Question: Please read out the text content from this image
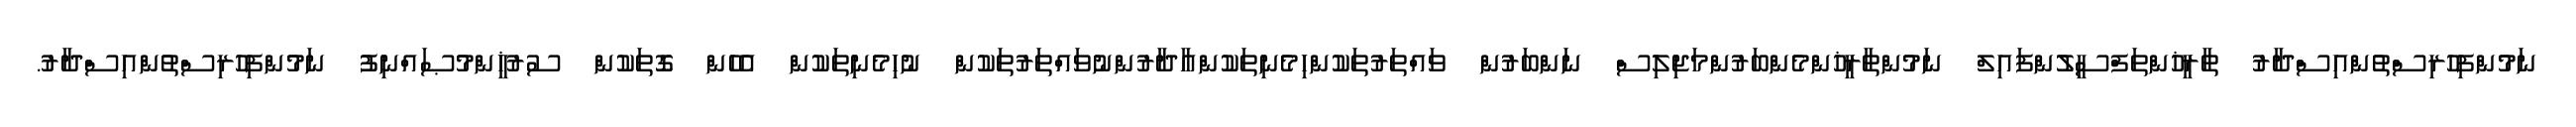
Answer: ނަމުންފިހުރިސްތުންއިސްދާރު ތާރީޚުންތަފްސީލުންފައިލް ނަމުންތާރީޚުންމެންބަރުންމަޖިލިސް ނަންބަރުން ވައްތަރުތަކުންހިމެނިތަކުންއާދާރުންނުވައްތަރުތަކުން ނުހިމެނިތަކުން އެހެން ގޮތަކުން ސުރުޚީންމުޞައްނިފު ނަމުންފިހުރިސްތުންއިސްދާރު.